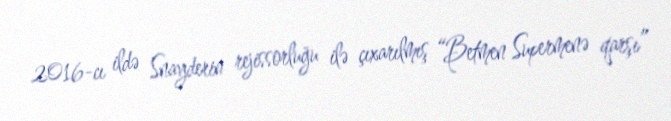
2016-cı ildə Snayderin rejissorluğu ilə çıxarılmış “Betmen Supermenə qarşı”